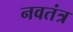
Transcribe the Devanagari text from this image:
नवतंत्र